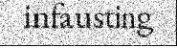
infausting